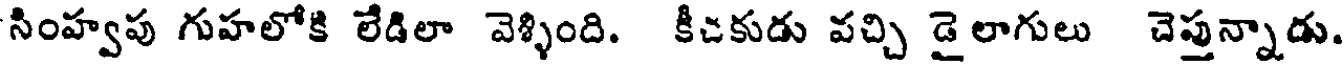
సింహ్వపు గుహలోకి లేడిలా వెళ్ళింది. కీచకుడు వచ్చి డైలాగులు చెప్తున్నాడు.